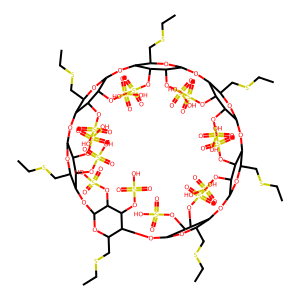
SMILES: CCSCC1OC2OC3C(CSCC)OC(OC4C(CSCC)OC(OC5C(CSCC)OC(OC6C(CSCC)OC(OC7C(CSCC)OC(OC8C(CSCC)OC(OC1C(OS(=O)(=O)O)C2OS(=O)(=O)O)C(OS(=O)(=O)O)C8OS(=O)(=O)O)C(OS(=O)(=O)O)C7OS(=O)(=O)O)C(OS(=O)(=O)O)C6OS(=O)(=O)O)C(OS(=O)(=O)O)C5OS(=O)(=O)O)C(OS(=O)(=O)O)C4OS(=O)(=O)O)C(OS(=O)(=O)O)C3OS(=O)(=O)O
Inhibits HIV replication: Yes